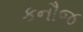
કનૌજ